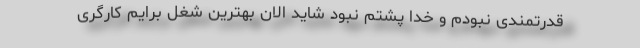
قدرتمندی نبودم و خدا پشتم نبود شاید الان بهترین شغل برایم کارگری